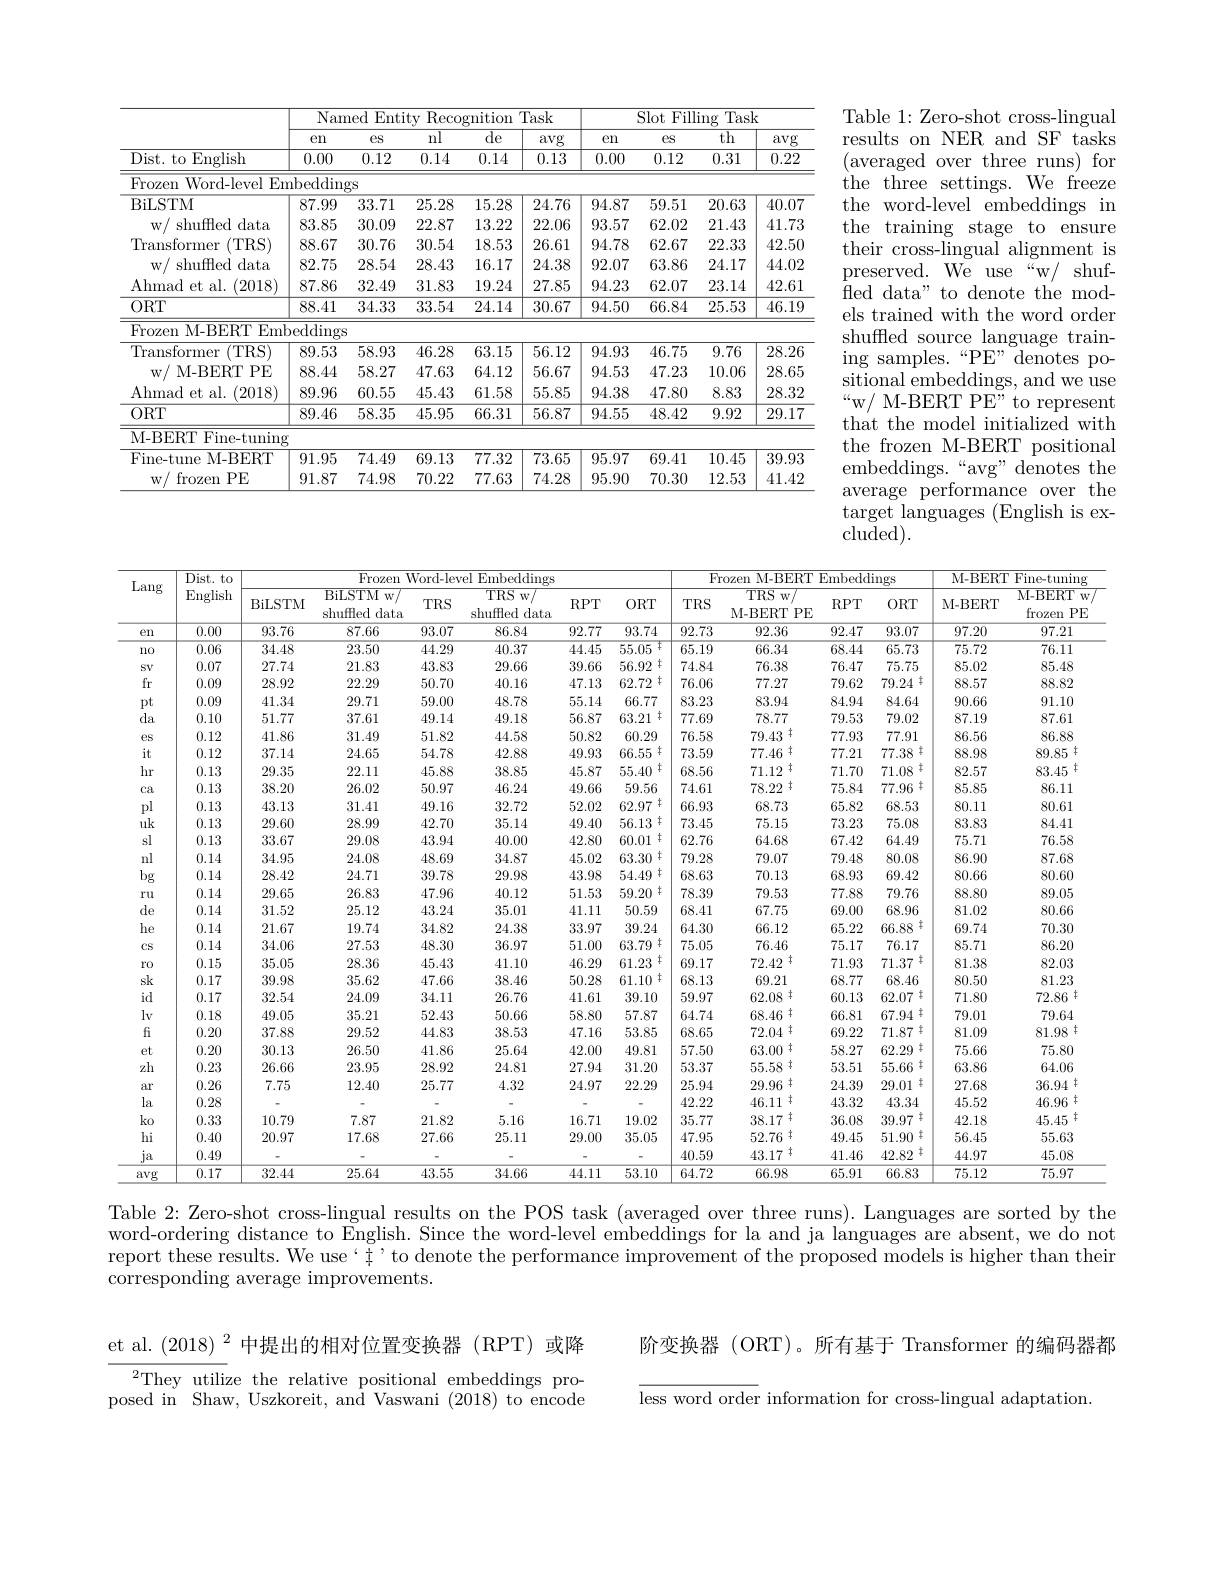
<table>
	<tbody>
		<tr>
			<th> </th>
			<th colspan="5">Named Entity Recognition Task</th>
			<th colspan="4">Slot Filling Task</th>
		</tr>
		<tr>
			<th> </th>
			<th>$en$</th>
			<th>$eS$</th>
			<th>$\overline{\mathrm{nl}}$</th>
			<th>${\overline{{\mathrm{de}}}}$</th>
			<th>avg</th>
			<th>$en$</th>
			<th>$eS$</th>
			<th>$\overline{\mathrm{th}}$</th>
			<th>avg</th>
		</tr>
		<tr>
			<td>Dist. to English</td>
			<td>0.00</td>
			<td>0.12</td>
			<td>0.14</td>
			<td>0.14</td>
			<td>0.13</td>
			<td>0.00</td>
			<td>0.12</td>
			<td>0.31</td>
			<td>0.22</td>
		</tr>
		<tr>
			<td>Frozen Word- levelEm</td>
			<td>$\operatorname{nbedding}$</td>
			<td>$3S$</td>
			<td> </td>
			<td> </td>
			<td> </td>
			<td> </td>
			<td> </td>
			<td> </td>
			<td> </td>
		</tr>
		<tr>
			<td>BiLSTM</td>
			<td>87.99</td>
			<td>33.71</td>
			<td>25.28</td>
			<td>15.28</td>
			<td>24.76</td>
			<td>94.87</td>
			<td>59.51</td>
			<td>20.63</td>
			<td>40.07</td>
		</tr>
		<tr>
			<td>shuffled data $W$ T</td>
			<td>83.85</td>
			<td>30.09</td>
			<td>22.87</td>
			<td>13.22</td>
			<td>22.06</td>
			<td>93.57</td>
			<td>62.02</td>
			<td>21.43</td>
			<td>41.73</td>
		</tr>
		<tr>
			<td>Transformer (TRS)</td>
			<td>88.67</td>
			<td>30.76</td>
			<td>30.54</td>
			<td>18.53</td>
			<td>26.61</td>
			<td>94.78</td>
			<td>62.67</td>
			<td>22.33</td>
			<td>42.50</td>
		</tr>
		<tr>
			<td>$W$, shuffled data</td>
			<td>82.75</td>
			<td>28.54</td>
			<td>28.43</td>
			<td>16.17</td>
			<td>24.38</td>
			<td>92.07</td>
			<td>63.86</td>
			<td>24.17</td>
			<td>44.02</td>
		</tr>
		<tr>
			<td>Ahmad et al. (2018)</td>
			<td>87.86</td>
			<td>32.49</td>
			<td>31.83</td>
			<td>19.24</td>
			<td>27.85</td>
			<td>94.23</td>
			<td>62.07</td>
			<td>23.14</td>
			<td>42.61</td>
		</tr>
		<tr>
			<td>$ORT$</td>
			<td>88.41</td>
			<td>34.33</td>
			<td>33.54</td>
			<td>24.14</td>
			<td>30.67</td>
			<td>94.50</td>
			<td>66.84</td>
			<td>25.53</td>
			<td>46.19</td>
		</tr>
		<tr>
			<td>Frozen M-BERT Emb</td>
			<td>edding</td>
			<td> </td>
			<td> </td>
			<td> </td>
			<td> </td>
			<td> </td>
			<td> </td>
			<td> </td>
			<td> </td>
		</tr>
		<tr>
			<td>Transformer (TRS)</td>
			<td>89.53</td>
			<td>58.93</td>
			<td>46.28</td>
			<td>63.15</td>
			<td>56.12</td>
			<td>94.93</td>
			<td>46.75</td>
			<td>9.76</td>
			<td>28.26</td>
		</tr>
		<tr>
			<td>$W/$ M- BERT PE</td>
			<td>88.44</td>
			<td>58.27</td>
			<td>47.63</td>
			<td>64.12</td>
			<td>56.67</td>
			<td>94.53</td>
			<td>47.23</td>
			<td>10.06</td>
			<td>28.65</td>
		</tr>
		<tr>
			<td>Ahmad et al. (2018)</td>
			<td>89.96</td>
			<td>60.55</td>
			<td>45.43</td>
			<td>61.58</td>
			<td>55.85</td>
			<td>94.38</td>
			<td>47.80</td>
			<td>8.83</td>
			<td>28.32</td>
		</tr>
		<tr>
			<td>$ORT$</td>
			<td>89.46</td>
			<td>58.35</td>
			<td>45.95</td>
			<td>66.31</td>
			<td>56.87</td>
			<td>94.55</td>
			<td>48.42</td>
			<td>9.92</td>
			<td>29.17</td>
		</tr>
		<tr>
			<td>M-BERT I Fine-tuning</td>
			<td> </td>
			<td> </td>
			<td> </td>
			<td> </td>
			<td> </td>
			<td> </td>
			<td> </td>
			<td> </td>
			<td> </td>
		</tr>
		<tr>
			<td>Fine-tune M-BERT</td>
			<td>91.95</td>
			<td>74.49</td>
			<td>69.13</td>
			<td>77.32</td>
			<td>73.65</td>
			<td>95.97</td>
			<td>69.41</td>
			<td>10.45</td>
			<td>39.93</td>
		</tr>
		<tr>
			<td>$W/f$ frozen $1PE$</td>
			<td>91.87</td>
			<td>74.98</td>
			<td>70.22</td>
			<td>77.63</td>
			<td>74.28</td>
			<td>95.90</td>
			<td>70.30</td>
			<td>12.53</td>
			<td>41.42</td>
		</tr>
	</tbody>
</table>

Table 1: Zero-shot cross-lingual results on NER and SF tasks (averaged over three runs)for the three settings. We freeze the word-level embeddings in the training stage to ensure their cross-lingual alignment is preserved. We use “w/ shuffled data" to denote the models trained with the word order shuffled source language train- $\operatorname{ing}$samples.“PE”denotes positional embeddings, and we use “w/ M-BERT PE” to represent that the model initialized with the frozen M-BERT positional embeddings.“avg” denotes the average performance over the target languages (English is excluded).

<table>
	<tbody>
		<tr>
			<th rowspan="2">Lang</th>
			<th rowspan="2">Dist. to English</th>
			<th colspan="6">Frozen ${\overline{{\text{1 Word-level Embeddings}}}}$</th>
			<th colspan="4">Frozen M-BERT Embeddings</th>
			<th colspan="2">M-BERT ${\mathrm{Fine-tuning}}$</th>
		</tr>
		<tr>
			<th>BiLSTM</th>
			<th>BiLSTM $w/$ shuffled data</th>
			<th>$TRS$</th>
			<th>$TRS$ $w/$ shuffled data</th>
			<th>$RPT$</th>
			<th>$ORT$</th>
			<th>$TRS$</th>
			<th>$TRS$ $w/$ M- BERT $PE$</th>
			<th>$RPT$</th>
			<th>$ORT$</th>
			<th>M-BERT</th>
			<th>M- BERT $W$ $PE$ frozen</th>
		</tr>
		<tr>
			<td>en</td>
			<td>0.00</td>
			<td>93.76</td>
			<td>87.66</td>
			<td>93.07</td>
			<td>86.84</td>
			<td>92.77</td>
			<td>93.74</td>
			<td>92.73</td>
			<td>92.36</td>
			<td>92.47</td>
			<td>93.07</td>
			<td>97.20</td>
			<td>97.21</td>
		</tr>
		<tr>
			<td>110</td>
			<td>0.06</td>
			<td>34.48</td>
			<td>23.50</td>
			<td>44.29</td>
			<td>40.37</td>
			<td>44.45</td>
			<td>$\ddagger$ 55.05</td>
			<td>65.19</td>
			<td>66.34</td>
			<td>68.44</td>
			<td>65.73</td>
			<td>75.72</td>
			<td>76.11</td>
		</tr>
		<tr>
			<td>SV</td>
			<td>0.07</td>
			<td>27.74</td>
			<td>21.83</td>
			<td>43.83</td>
			<td>29.66</td>
			<td>39.66</td>
			<td>$\ddagger$ 56.92</td>
			<td>74.84</td>
			<td>76.38</td>
			<td>76.47</td>
			<td>75.75</td>
			<td>85.02</td>
			<td>85.48</td>
		</tr>
		<tr>
			<td>fr</td>
			<td>0.09</td>
			<td>28.92</td>
			<td>22.29</td>
			<td>50.70</td>
			<td>40.16</td>
			<td>47.13</td>
			<td>62.72 $\ddagger$</td>
			<td>76.06</td>
			<td>77.27</td>
			<td>79.62</td>
			<td>. 车 79.24</td>
			<td>88.57</td>
			<td>88.82</td>
		</tr>
		<tr>
			<td>pt</td>
			<td>0.09</td>
			<td>41.34</td>
			<td>29.71</td>
			<td>59.00</td>
			<td>48.78</td>
			<td>55.14</td>
			<td>66.77</td>
			<td>83.23</td>
			<td>83.94</td>
			<td>84.94</td>
			<td>84.64</td>
			<td>90.66</td>
			<td>91.10</td>
		</tr>
		<tr>
			<td>da</td>
			<td>0.10</td>
			<td>51.77</td>
			<td>37.61</td>
			<td>49.14</td>
			<td>49.18</td>
			<td>56.87</td>
			<td>63.21 $\ddagger$</td>
			<td>77.69</td>
			<td>78.77</td>
			<td>79.53</td>
			<td>79.02</td>
			<td>87.19</td>
			<td>87.61</td>
		</tr>
		<tr>
			<td>$eS$</td>
			<td>0.12</td>
			<td>41.86</td>
			<td>31.49</td>
			<td>51.82</td>
			<td>44.58</td>
			<td>50.82</td>
			<td>60.29</td>
			<td>76.58</td>
			<td>79.43 丰</td>
			<td>77.93</td>
			<td>77.91</td>
			<td>86.56</td>
			<td>86.88</td>
		</tr>
		<tr>
			<td>it</td>
			<td>0.12</td>
			<td>37.14</td>
			<td>24.65</td>
			<td>54.78</td>
			<td>42.88</td>
			<td>49.93</td>
			<td>66.55 $f$</td>
			<td>73.59</td>
			<td>77.46中</td>
			<td>77.21</td>
			<td>77.38 年</td>
			<td>88.98</td>
			<td>89.85</td>
		</tr>
		<tr>
			<td>hr</td>
			<td>0.13</td>
			<td>29.35</td>
			<td>22.11</td>
			<td>45.88</td>
			<td>38.85</td>
			<td>45.87</td>
			<td>55.40 $\ddagger$</td>
			<td>68.56</td>
			<td>71.12 丰</td>
			<td>71.70</td>
			<td>年 71.08</td>
			<td>82.57</td>
			<td>83.45 57</td>
		</tr>
		<tr>
			<td>Ca</td>
			<td>0.13</td>
			<td>38.20</td>
			<td>26.02</td>
			<td>50.97</td>
			<td>46.24</td>
			<td>49.66</td>
			<td>59.56</td>
			<td>74.61</td>
			<td>78.22 $2\neq$</td>
			<td>75.84</td>
			<td>年 77.96</td>
			<td>85.85</td>
			<td>86.11</td>
		</tr>
		<tr>
			<td>pl</td>
			<td>0.13</td>
			<td>43.13</td>
			<td>31.41</td>
			<td>49.16</td>
			<td>32.72</td>
			<td>52.02</td>
			<td>62.97 1</td>
			<td>66.93</td>
			<td>68.73</td>
			<td>65.82</td>
			<td>68.53</td>
			<td>80.11</td>
			<td>80.61</td>
		</tr>
		<tr>
			<td>$uk$</td>
			<td>0.13</td>
			<td>29.60</td>
			<td>28.99</td>
			<td>42.70</td>
			<td>35.14</td>
			<td>49.40</td>
			<td>56.13 31</td>
			<td>73.45</td>
			<td>75.15</td>
			<td>73.23</td>
			<td>75.08</td>
			<td>83.83</td>
			<td>84.41</td>
		</tr>
		<tr>
			<td>sl</td>
			<td>0.13</td>
			<td>33.67</td>
			<td>29.08</td>
			<td>43.94</td>
			<td>40.00</td>
			<td>42.80</td>
			<td>60.01 $\pm$</td>
			<td>62.76</td>
			<td>64.68</td>
			<td>67.42</td>
			<td>64.49</td>
			<td>75.71</td>
			<td>76.58</td>
		</tr>
		<tr>
			<td>nl</td>
			<td>0.14</td>
			<td>34.95</td>
			<td>24.08</td>
			<td>48.69</td>
			<td>34.87</td>
			<td>45.02</td>
			<td>63.30 十</td>
			<td>79.28</td>
			<td>79.07</td>
			<td>79.48</td>
			<td>80.08</td>
			<td>86.90</td>
			<td>87.68</td>
		</tr>
		<tr>
			<td>$bg$</td>
			<td>0.14</td>
			<td>28.42</td>
			<td>24.71</td>
			<td>39.78</td>
			<td>29.98</td>
			<td>43.98</td>
			<td>54.49 $\ddagger$</td>
			<td>68.63</td>
			<td>70.13</td>
			<td>68.93</td>
			<td>69.42</td>
			<td>80.66</td>
			<td>80.60</td>
		</tr>
		<tr>
			<td>$Dg$</td>
			<td>0.14</td>
			<td>$\angle O.4\angle$</td>
			<td>$\angle4.11$ $0\dot{\alpha}$ 1 $QO$</td>
			<td>0.10</td>
			<td>$\angle H.90$</td>
			<td>40.90</td>
			<td>14.4.5</td>
			<td>00.00</td>
			<td>.0</td>
			<td>$J0.90$</td>
			<td>0.9.42</td>
			<td>OU.UU</td>
			<td>1</td>
		</tr>
		<tr>
			<td>ru</td>
			<td>0.14</td>
			<td>29.65</td>
			<td>26.83</td>
			<td>47.96</td>
			<td>40.12</td>
			<td>51.53</td>
			<td>$\ddagger$ 59.20</td>
			<td>78.39</td>
			<td>79.53</td>
			<td>77.88</td>
			<td>79.76</td>
			<td>88.80</td>
			<td>89.05</td>
		</tr>
		<tr>
			<td>TU</td>
			<td>0.14</td>
			<td>$\angle{\mathcal{M}}.00$</td>
			<td>$\angle0.0.0$ $0r$ 1 10</td>
			<td>41.90</td>
			<td>40.12 n</td>
			<td>01.00 $=\frac{1}{2}$</td>
			<td>$0.9.\angle1.$</td>
			<td>$0.0\%$ 1</td>
			<td> </td>
			<td>.00</td>
			<td>1.9.10</td>
			<td>DO.OU</td>
			<td>Je</td>
		</tr>
		<tr>
			<td>de</td>
			<td>0.14</td>
			<td>31.52</td>
			<td>25.12</td>
			<td>43.24</td>
			<td>35.01</td>
			<td>41.11</td>
			<td>50.59</td>
			<td>68.41</td>
			<td>67.75</td>
			<td>69.00</td>
			<td>68.96</td>
			<td>81.02</td>
			<td>80.66</td>
		</tr>
		<tr>
			<td>$ut$</td>
			<td>0.14</td>
			<td>$01.0\angle$</td>
			<td>$\angle0.1\angle$</td>
			<td>$40,\angle4$</td>
			<td>0.0.01 1.</td>
			<td>41.11</td>
			<td>${\mathcal{U}}.{\mathcal{U}}_{\mathcal{U}}$</td>
			<td>$0.4\bot$</td>
			<td> </td>
			<td>0.0.00</td>
			<td>12. 771</td>
			<td>1.0.2</td>
			<td>JU -</td>
		</tr>
		<tr>
			<td>he</td>
			<td>0.14</td>
			<td>21.67</td>
			<td>19.74</td>
			<td>34.82</td>
			<td>24.38</td>
			<td>33.97</td>
			<td>39.24</td>
			<td>64.30</td>
			<td>66.12</td>
			<td>65.22</td>
			<td>年 66.88</td>
			<td>69.74</td>
			<td>70.30</td>
		</tr>
		<tr>
			<td>$\Pi e$</td>
			<td>0.14</td>
			<td>$\angle1.0$</td>
			<td>19 -4</td>
			<td>$04.0\angle$</td>
			<td>$\angle4.00$</td>
			<td>0.9 1</td>
			<td>$\partial{\mathcal H}.\angle4$</td>
			<td>4. 、 12</td>
			<td>00.12</td>
			<td>0.2.2</td>
			<td>1 1</td>
			<td>-4</td>
			<td>21</td>
		</tr>
		<tr>
			<td>$CS$</td>
			<td>0.14</td>
			<td>34.06</td>
			<td>27.53</td>
			<td>48.30</td>
			<td>36.97</td>
			<td>51.00</td>
			<td>63.79 土</td>
			<td>75.05</td>
			<td>76.46</td>
			<td>75.17</td>
			<td>76.17</td>
			<td>85.71</td>
			<td>86.20</td>
		</tr>
		<tr>
			<td>ro</td>
			<td>0.15</td>
			<td>35.05</td>
			<td>28.36</td>
			<td>45.43</td>
			<td>41.10</td>
			<td>46.29</td>
			<td>61.23 十</td>
			<td>69.17</td>
			<td>72.42 $\ddagger$</td>
			<td>71.93</td>
			<td>丰 71.37</td>
			<td>81.38</td>
			<td>82.03</td>
		</tr>
		<tr>
			<td>sk</td>
			<td>0.17</td>
			<td>39.98</td>
			<td>35.62</td>
			<td>47.66</td>
			<td>38.46</td>
			<td>50.28</td>
			<td>61.10 1</td>
			<td>68.13</td>
			<td>69.21</td>
			<td>68.77</td>
			<td>68.46</td>
			<td>80.50</td>
			<td>81.23</td>
		</tr>
		<tr>
			<td>id</td>
			<td>0.17</td>
			<td>32.54</td>
			<td>24.09</td>
			<td>34.11</td>
			<td>26.76</td>
			<td>41.61</td>
			<td>39.10</td>
			<td>59.97</td>
			<td>$62.08\neq$</td>
			<td>60.13</td>
			<td>$\pm$ 62.07</td>
			<td>71.80</td>
			<td>72.86</td>
		</tr>
		<tr>
			<td>$lv$</td>
			<td>0.18</td>
			<td>49.05</td>
			<td>35.21</td>
			<td>52.43</td>
			<td>50.66</td>
			<td>58.80</td>
			<td>57.87</td>
			<td>64.74</td>
			<td>68.46中</td>
			<td>66.81</td>
			<td>$11\neq$ 67.94 </td>
			<td>79.01</td>
			<td>79.64</td>
		</tr>
		<tr>
			<td>fi</td>
			<td>0.20</td>
			<td>37.88</td>
			<td>29.52</td>
			<td>44.83</td>
			<td>38.53</td>
			<td>47.16</td>
			<td>53.85</td>
			<td>68.65</td>
			<td>72.04</td>
			<td>69.22</td>
			<td>71.87 $\pm$</td>
			<td>81.09</td>
			<td>81.98</td>
		</tr>
		<tr>
			<td>et</td>
			<td>0.20</td>
			<td>30.13</td>
			<td>26.50</td>
			<td>41.86</td>
			<td>25.64</td>
			<td>42.00</td>
			<td>49.81</td>
			<td>57.50</td>
			<td>$63.00\neq$</td>
			<td>58.27</td>
			<td>年 62.29</td>
			<td>75.66</td>
			<td>75.80</td>
		</tr>
		<tr>
			<td>zh</td>
			<td>0.23</td>
			<td>26.66</td>
			<td>23.95</td>
			<td>28.92</td>
			<td>24.81</td>
			<td>27.94</td>
			<td>31.20</td>
			<td>53.37</td>
			<td>55.58</td>
			<td>53.51</td>
			<td>55.66 主</td>
			<td>63.86</td>
			<td>64.06</td>
		</tr>
		<tr>
			<td>ar</td>
			<td>0.26</td>
			<td>7.75</td>
			<td>12.40</td>
			<td>25.77</td>
			<td>4.32</td>
			<td>24.97</td>
			<td>22.29</td>
			<td>25.94</td>
			<td>29.96 +</td>
			<td>24.39</td>
			<td>年 29.01</td>
			<td>27.68</td>
			<td>36.94</td>
		</tr>
		<tr>
			<td>la</td>
			<td>0.28</td>
			<td> </td>
			<td> </td>
			<td> </td>
			<td> </td>
			<td> </td>
			<td> </td>
			<td>42.22</td>
			<td>46.11 丰</td>
			<td>43.32</td>
			<td>43.34</td>
			<td>45.52</td>
			<td>46.96 +</td>
		</tr>
		<tr>
			<td>ko</td>
			<td>0.33</td>
			<td>10.79</td>
			<td>7.87</td>
			<td>21.82</td>
			<td>5.16</td>
			<td>16.71</td>
			<td>19.02</td>
			<td>35.77</td>
			<td>38.17</td>
			<td>36.08</td>
			<td>年 39.97</td>
			<td>42.18</td>
			<td>45.45 $i\neq$</td>
		</tr>
		<tr>
			<td>hi</td>
			<td>0.40</td>
			<td>20.97</td>
			<td>17.68</td>
			<td>27.66</td>
			<td>25.11</td>
			<td>29.00</td>
			<td>35.05</td>
			<td>47.95</td>
			<td>52.76 +</td>
			<td>49.45</td>
			<td>51.90 年</td>
			<td>56.45</td>
			<td>55.63</td>
		</tr>
		<tr>
			<td>$ja$</td>
			<td>0.49</td>
			<td> </td>
			<td> </td>
			<td> </td>
			<td> </td>
			<td> </td>
			<td> </td>
			<td>40.59</td>
			<td>43.17</td>
			<td>41.46</td>
			<td>42.82 丰</td>
			<td>44.97</td>
			<td>45.08</td>
		</tr>
		<tr>
			<td>avg</td>
			<td>0.17</td>
			<td>32.44</td>
			<td>25.64</td>
			<td>43.55</td>
			<td>34.66</td>
			<td>44.11</td>
			<td>53.10</td>
			<td>64.72</td>
			<td>66.98</td>
			<td>65.91</td>
			<td>66.83</td>
			<td>75.12</td>
			<td>75.97</td>
		</tr>
	</tbody>
</table>

Table 2: Zero-shot cross-lingual results on the POS task (averaged over three runs). Languages are sorted by the word-ordering distance to English. Since the word- level embeddings for la and ja languages are absent, we do not report these results. We use‘#'to denote the performance improvement of the proposed models is higher than their corresponding average improvements.

阶变换器 (ORT)。所有基于 Transformer 的编码器都

et al. $(2018)^{2}$中提出的相对位置变换器 (RPT)或降
They utilize the relative positional embeddings pro- posed in Shaw, Uszkoreit, and Vaswani (2018) to encode

less word order information for cross-lingual adaptation